Reports on dispensaries and lunatic asylums in the Province of Oudh - 1869-1876
Year: 1869
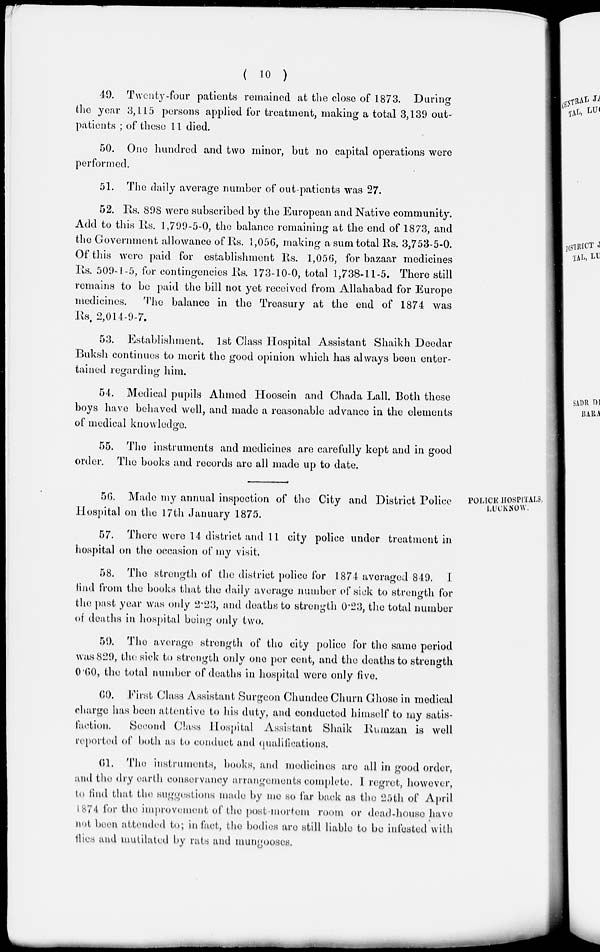
( 10 )
49. Twenty-four patients remained at the close of 1873. During
the year 3,115 persons applied for treatment, making a total 3,139 out-
patients ; of these 11 died.
50. One hundred and two minor, but no capital operations were
performed.
51. The daily average number of out-patients was 27.
52. Rs. 898 were subscribed by the European and Native community.
Add to this Rs. 1,799-5-0, the balance remaining at the end of 1873, and
the Government allowance of Rs. 1,056, making a sum total Rs. 3,753-5-0.
Of this were paid for establishment Rs. 1,056, for bazaar medicines
Rs. 509-1-5, for contingencies Rs. 173-10-0, total 1,738-11-5. There still
remains to be paid the bill not yet received from Allahabad for Europe
medicines.
The balance in the Treasury at the end of 1874 was
Rs. 2,014-9-7.
53. Establishment. 1st Class Hospital Assistant Shaikh Deedar
Buksh continues to merit the good opinion which has always been enter-
tained regarding him.
54. Medical pupils Ahmed Hoosein and Chada Lall. Both these
boys have behaved well, and made a reasonable advance in the elements
of medical knowledge.
55. The instruments and medicines are carefully kept and in good
order. The books and records are all made up to date.
POLICE HOSPITALS,
LUCKNOW.
56. Made my annual inspection of the City and District Police
Hospital on the 17th January 1875.
57. There were 14 district and 11 city police under treatment in
hospital on the occasion of my visit.
58. The strength of the district police for 1874 averaged 849. I
find from the books that the daily average number of sick to strength for
the past year was only 2.23, and deaths to strength 0.23, the total number
of deaths in hospital being only two.
59. The average strength of the city police for the same period
was 829, the sick to strength only one per cent, and the deaths to strength
0.60, the total number of deaths in hospital were only five.
60. First Class Assistant Surgeon Chundee Churn Ghose in medical
charge has been attentive to his duty, and conducted himself to my satis-
faction.
Second Class Hospital Assistant Shaik Ramzan is well
reported of both as to conduct and qualifications.
61. The instruments, books, and medicines are all in good order,
and the dry earth conservancy arrangements complete. 1 regret, however,
to find that the suggestions made by me so far back as the 25th of April
1874 for the improvement of the post-mortem room or dead-house have
not been attended to; in fact, the bodies are still liable to be infested with
flies and mutilated by rats and mungooses.